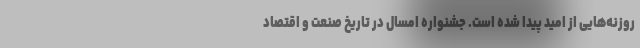
روزنه‌هایی از امید پیدا شده است. جشنواره امسال در تاریخ صنعت و اقتصاد